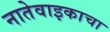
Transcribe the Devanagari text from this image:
नातेवाइकाचा